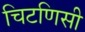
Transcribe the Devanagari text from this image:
चिटणिसी